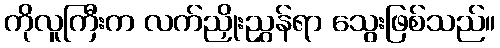
ကိုလူကြီးက လက်ညှိုးညွှန်ရာ သွေးဖြစ်သည်။